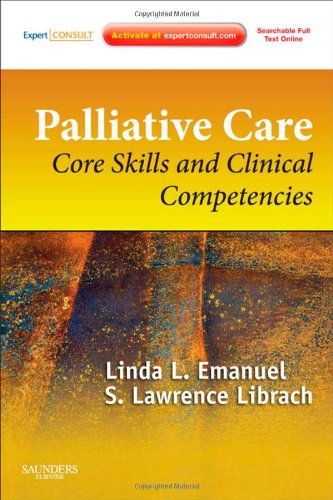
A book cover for Palliative Care: Core Skills and Clinical Competencies, Expert Consult  Online and Print, 2e; Linda L. Emanuel MD  PhD; Self-Help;